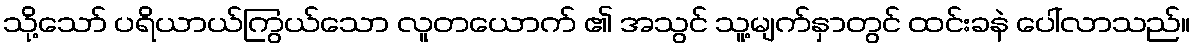
သို့သော် ပရိယာယ်ကြွယ်သော လူတယောက် ၏ အသွင် သူ့မျက်နှာတွင် ထင်းခနဲ ပေါ်လာသည်။